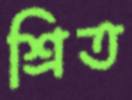
শ্রিত